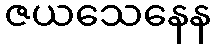
ဇယသေနေန